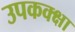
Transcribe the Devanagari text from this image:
उपकक्क्षा